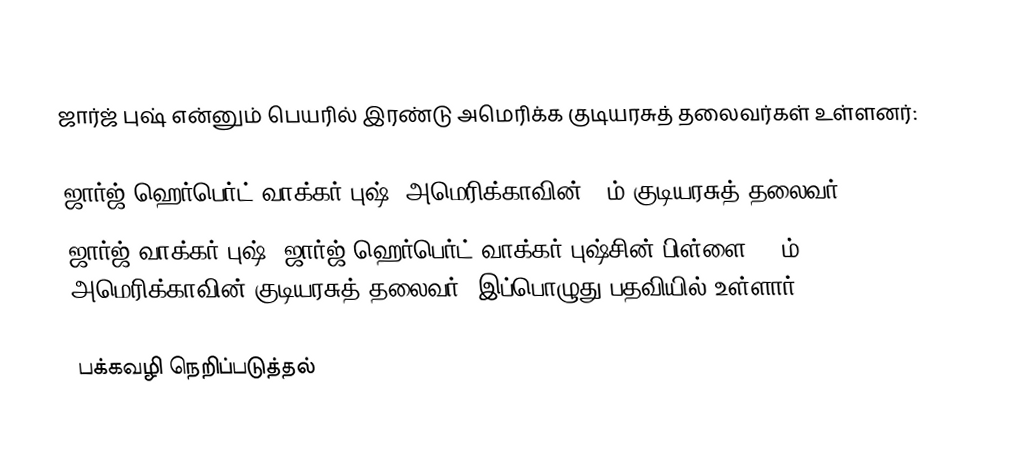
ஜார்ஜ் புஷ் என்னும் பெயரில் இரண்டு அமெரிக்க குடியரசுத் தலைவர்கள் உள்ளனர்:

 ஜார்ஜ் ஹெர்பெர்ட் வாக்கர் புஷ், அமெரிக்காவின் 41ம் குடியரசுத் தலைவர்
 ஜார்ஜ் வாக்கர் புஷ், ஜார்ஜ் ஹெர்பெர்ட் வாக்கர் புஷ்சின் பிள்ளை, 43ம் அமெரிக்காவின் குடியரசுத் தலைவர், இப்பொழுது பதவியில் உள்ளார்.

பக்கவழி நெறிப்படுத்தல்